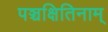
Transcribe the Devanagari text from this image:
पञ्चक्षितिनाम्